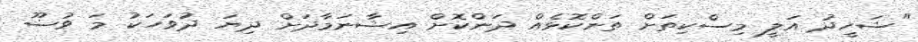
"ޝަހީދު އަލީ މިސްކިތަށް ތަންކޮޅެއް ދަންކޮށް އިޝާނަމާދަށް ދިޔަ ދުވަހަކު މަ ވުޟޫ